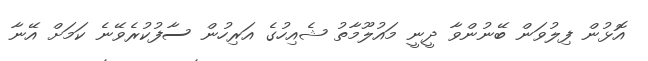
އޮޅުން ފިލުވަން ބޭނުންވާ ދީނީ މައުލޫމާތު ޝެއިހުގެ އަރިހުން ސާފުކުރެވޭނެ ކަމަށް އޭނާ